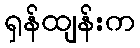
ရှန်ထျန်းက